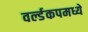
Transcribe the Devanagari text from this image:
वर्ल्डकपमध्ये